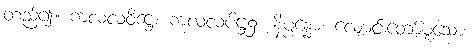
တည်၍။ ကလလဝိဋ္ဌေ၊ ကလလပိဋ္ဌ၌။ နိပ္ပန္နော၊ လျောင်းတော်မူသော။